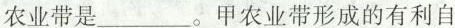
农业带是___。甲农业带形成的有利自